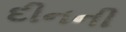
દીનની